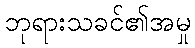
ဘုရားသခင်၏အမှု